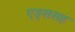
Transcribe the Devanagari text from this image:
एड्ससह